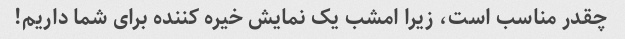
چقدر مناسب است، زیرا امشب یک نمایش خیره کننده برای شما داریم!